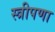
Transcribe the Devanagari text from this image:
स्त्रीपणा